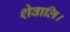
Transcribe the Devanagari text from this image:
शेवालि।